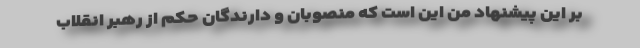
بر این پیشنهاد من این است که منصوبان و دارندگان حکم از رهبر انقلاب